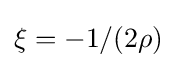
\xi =-1/(2\rho )